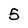
Character: 5